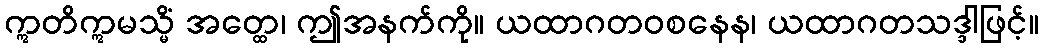
ဣတိဣမသ္မိံ အတ္ထေ၊ ဤအနက်ကို။ ယထာဂတဝစနေန၊ ယထာဂတသဒ္ဒါဖြင့်။